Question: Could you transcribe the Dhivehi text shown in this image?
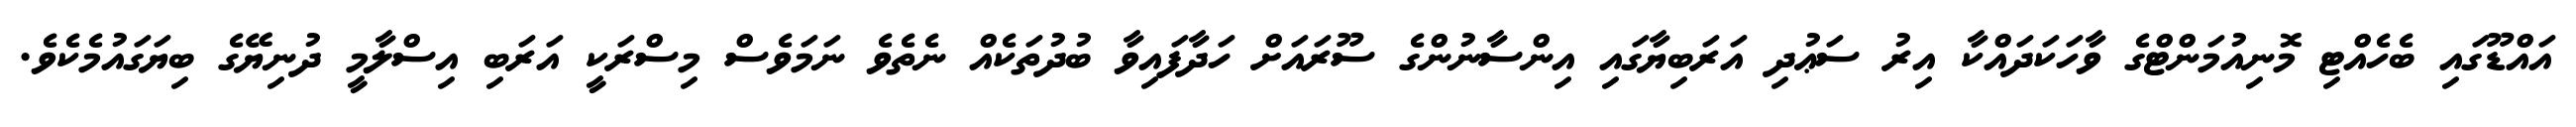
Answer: އައްޑޫގައި ބެހެއްޓި މޮނިއުމަންޓްގެ ވާހަކަދައްކާ އިރު ސަޢުދި އަރަބިޔާގައި އިންސާނުންގެ ސޫރައަށް ހަދާފައިވާ ބުދުތަކެއް ނެތެވެ ނަމަވެސް މިސްރަކީ އަރަބި އިސްލާމީ ދުނިޔޭގެ ބިޔަގައުމެކެވެ.